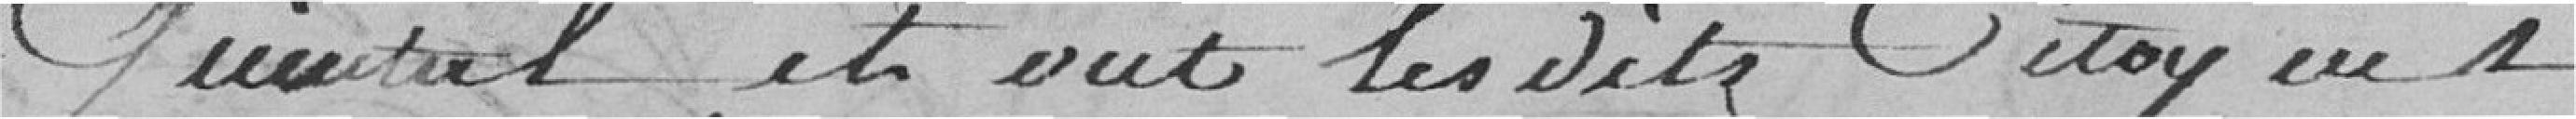
Quintal, et ont lesdits Citoyens